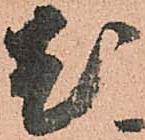
尤